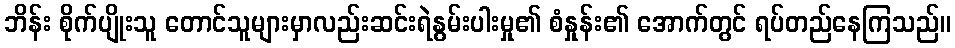
ဘိန်း စိုက်ပျိုးသူ တောင်သူများမှာလည်းဆင်းရဲနွမ်းပါးမှု၏ စံနှုန်း၏ အောက်တွင် ရပ်တည်နေကြသည်။